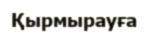
Қырмырауға